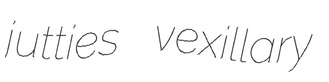
jutties vexillary